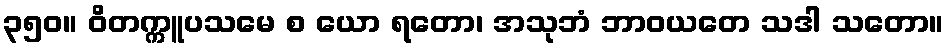
၃၅၀။ ဝိတက္ကူပသမေ စ ယော ရတော၊ အသုဘံ ဘာဝယတေ သဒါ သတော။